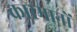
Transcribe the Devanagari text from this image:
कारमानों